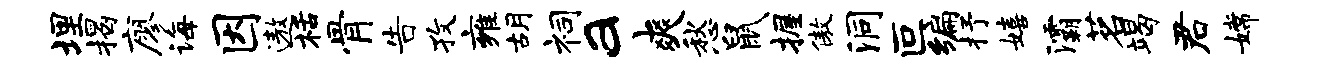
埋揭廖诲因遨栝骨告孜雍胡祠a爽愁鼠握傲洞叵编抒嬉灞茗竭君嫦